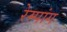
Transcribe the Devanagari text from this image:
रेम्पांग